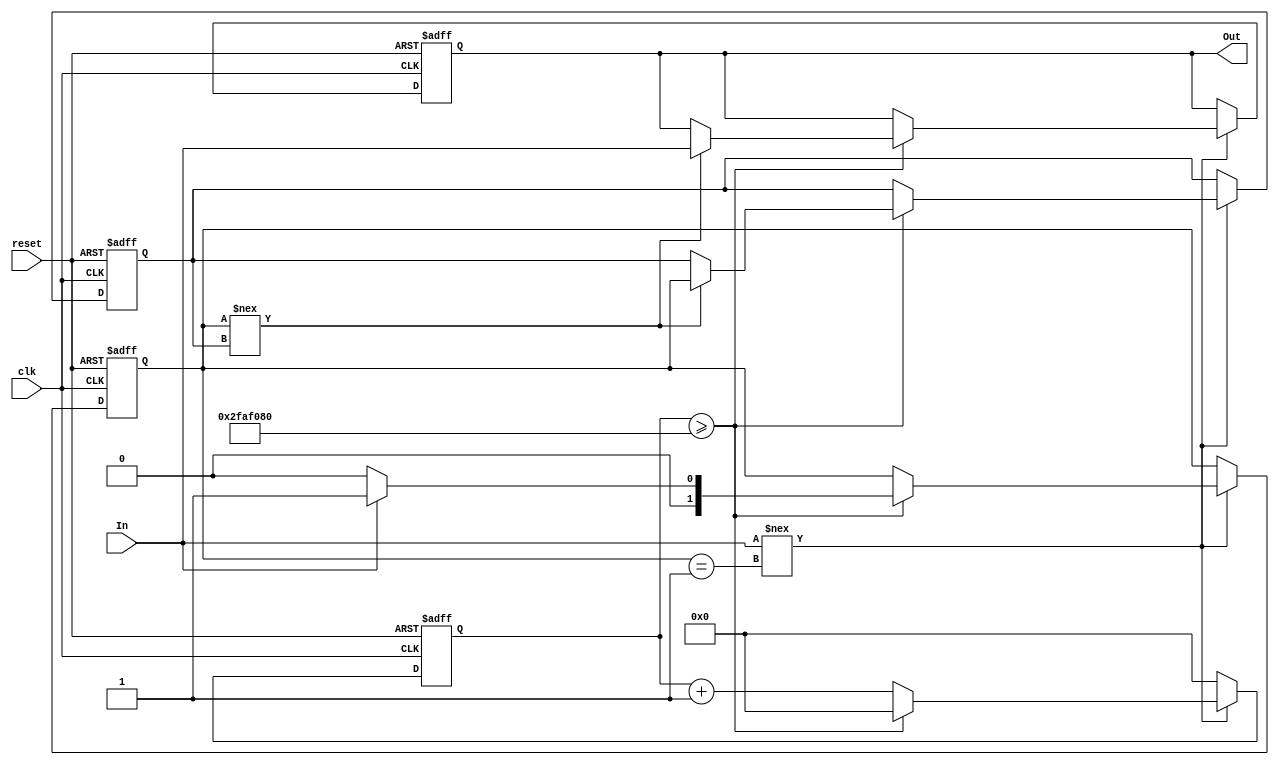
module DebouncedEdgeDetector (
    input wire clk,               // Clock signal
    input wire reset,             // Active-high reset signal
    input wire In,                // Noisy input signal
    output reg Out                // Clean output signal
);

    // Parameters
    parameter DEBOUNCE_TIME = 50_000_000; // Define debounce time (in clock cycles, e.g., for a 50MHz clock, this is ~1s)
    
    // State registers
    reg [1:0] state;               // Current state (0: stable low, 1: stable high)
    reg [1:0] prev_state;          // Previous stable state
    reg [31:0] debounce_counter;    // Counter for debounce timing

    // State encoding
    localparam STABLE_LOW = 2'b00;  
    localparam STABLE_HIGH = 2'b01; 

    // Debounce logic
    always @(posedge clk or posedge reset) begin
        if (reset) begin
            // Reset condition
            state <= STABLE_LOW; 
            prev_state <= STABLE_LOW;
            debounce_counter <= 0;
            Out <= 0;
        end else begin
            // Check for input state changes
            if (In !== (state == STABLE_HIGH)) begin
                // If input changes, start counting
                debounce_counter <= debounce_counter + 1;

                if (debounce_counter >= DEBOUNCE_TIME) begin
                    // If debounce time is reached, update state
                    if (In) begin
                        state <= STABLE_HIGH; // Input is high
                    end else begin
                        state <= STABLE_LOW;  // Input is low
                    end

                    // Update output if state has changed
                    if (state !== prev_state) begin
                        Out <= In; // Update output to current input state
                        prev_state <= state; // Update previous state
                    end

                    // Reset the debounce counter
                    debounce_counter <= 0;
                end
            end else begin
                // Reset debounce counter if input is stable
                debounce_counter <= 0;
            end
        end
    end
endmodule